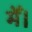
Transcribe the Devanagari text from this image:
मेँ।